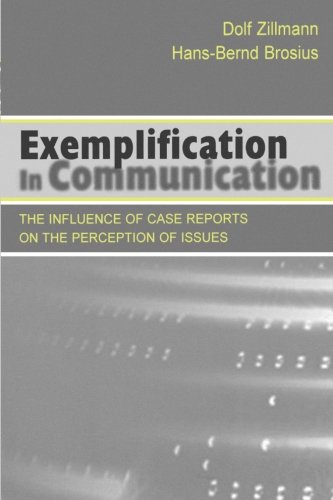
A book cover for Exemplification in Communication: the influence of Case Reports on the Perception of Issues (Routledge Communication Series); Dolf Zillmann; Law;